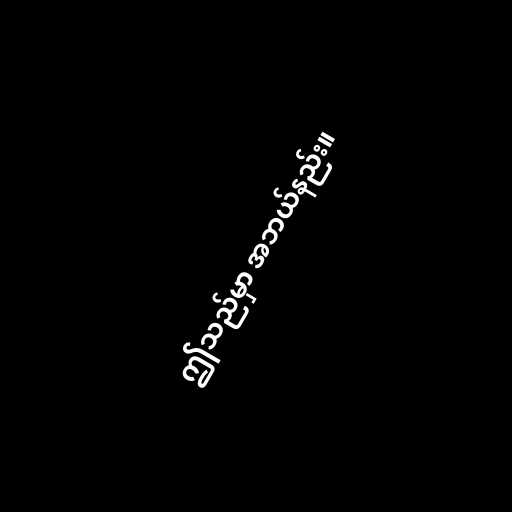
ဤသည်မှာ အဘယ်နည်း။